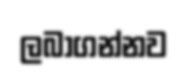
ලබාගන්නව